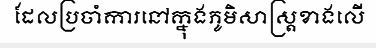
ដែលប្រចាំការនៅក្នុងភូមិសាស្ត្រខាងលើ